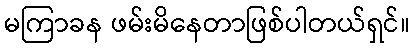
မကြာခန ဖမ်းမိနေတာဖြစ်ပါတယ်ရှင်။